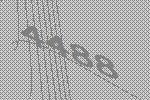
4488